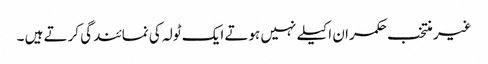
غیر منتخب حکمران اکیلے نہیں ہوتے ایک ٹولہ کی نمائندگی کرتے ہیں ۔